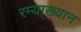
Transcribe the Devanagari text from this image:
रम्याख्यान